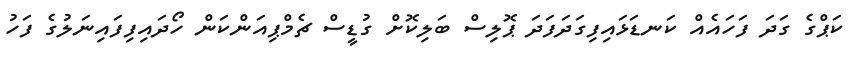
ކަޕްގެ ގަދަ ފަހައެއް ކަނޑަޅައިފިގަދަފަދަ ޕޮލިސް ބަލިކޮށް ގުޑީސް ޗެމްޕިއަންކަން ހޯދައިފިފައިނަލުގެ ފަހު